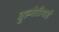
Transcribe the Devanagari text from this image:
बुल्गेरीयाई